Leaving Certificate, 1897
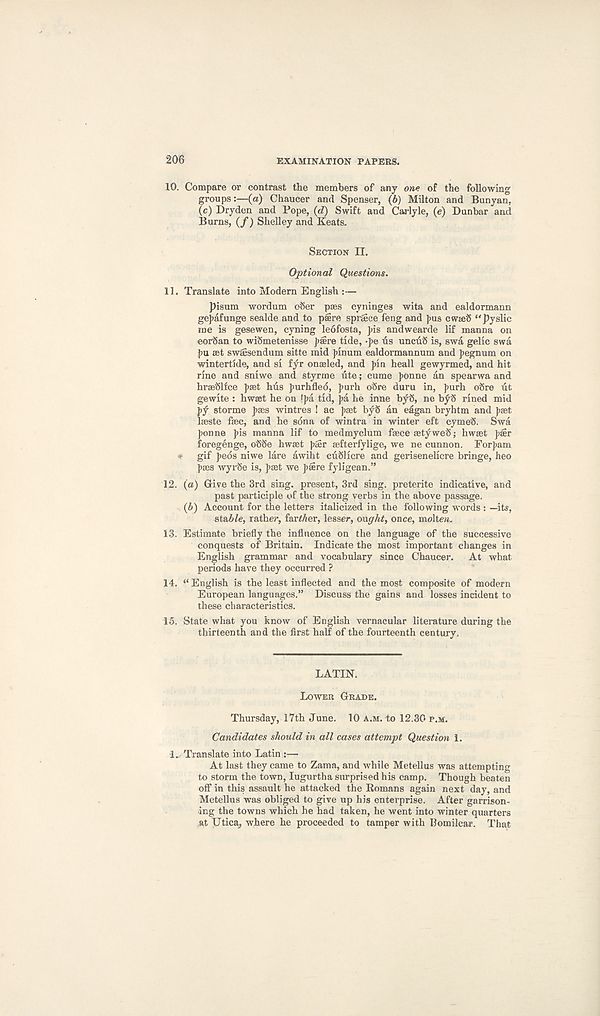
206
EXAMINATION PAPEES.
10. Compare or contrast the members of any one of the following
groups:—(a) Chaucer and Spenser, (6) Milton and Bunyan,
(c) Dryden and Pope, (d) Swift and Carlyle, (e) Dunbar and
Burns, (/) Shelley and Keats.
SECTION II.
Optional Questions.
11. Translate into Modern English :—
pisum wordum ofter pass cyninges wita and ealdormann
gefafunge sealde and to psere spraice feng and ]>us cwseiS "pyslic
me is gesewen, cyning leofosta, pis andwearde lif manna on
cor(5an to wiSmetenisse psere tide, -pe us uncuS is, swa gelic swa
pu set swaesendum sitte mid pinum ealdormannum and pegnum on
wintertide, and si fyr onseled, and pin heall gewyrmed, and hit
rine and sniwe and styrme ute; cume ponne an spearwa and
hraeSlice paet hus purhfled, purh odre duru in, purh o8re lit
gewite : hwaet he on !pa tid, pa he inne byS, ne byS rined mid
pf storme paes wintres ! ac paet byS an eagan bryhtm and paet
laeste faec, and he sdna of wintra in winter eft cymeS. Swa
ponne pis manna lif to medmyclum faece aetyweft; hwaet pair
foregenge, oftfte hwaet pter aefterfylige, we ne cunnon. Forpam
* gif peds niwe lare awiht cuftlicre and gerisenelicre bringe, heo
paes wyrfte is, paet we paere fyligean.”
12. (a) Give the 3rd sing, present, 3rd sing, preterite indicative, and
past participle of the strong verbs in the above passage.
(b) Account for the letters italicized in the following words : —it?,
stable, rather, farmer, lesser, ought, once, molten.
13. Estimate briefly the influence on the language of the successive
conquests of Britain. Indicate the most important changes in
English grammar and vocabulary since Chaucer. At what
periods have they occurred ?
14. “English is the least inflected and the most composite of modern
European languages.” Discuss the gains and losses incident to
these characteristics.
15. State what you know of English vernacular literature during the
thirteenth and the first half of the fourteenth century.
LATIN.
LOWER GRADE.
Thursday, 17th June. 10 A.M. to 12.30 P.M.
Candidates should in all cases attempt Question 1.
1. Translate into Latin :—
At last they came to Zama, and while Metellus was attempting
to storm the town, lugurtha surprised his camp. Though beaten
off in this assault he attacked the Romans again next day, and
Metellus was obliged to give up his enterprise. After garrison-
ing the towns which he had taken, he went into winter quarters
at Utica_, where he proceeded to tamper with Bomilcar. That